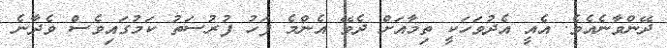
ދޭންވާނެއެވެ. އެއީ އެދުވަހަކީ ތިމާއަށް ދެވޭ އެންމެ ފަހު ފުރުސަތު ކަމުގައިވެސް ވެދާނެ